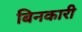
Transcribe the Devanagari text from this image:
बिनकारी